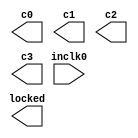
// megafunction wizard: %ALTPLL%VBB%
// GENERATION: STANDARD
// VERSION: WM1.0
// MODULE: altpll 

// ============================================================
// Megafunction Name(s):
// 			altpll
//
// Simulation Library Files(s):
// 			altera_mf
// ============================================================
// ************************************************************
// THIS IS A WIZARD-GENERATED FILE. DO NOT EDIT THIS FILE!
//
// 21.1.0 Build 842 10/21/2021 SJ Lite Edition
// ************************************************************

//Copyright (C) 2021  Intel Corporation. All rights reserved.
//Your use of Intel Corporation's design tools, logic functions 
//and other software and tools, and any partner logic 
//functions, and any output files from any of the foregoing 
//(including device programming or simulation files), and any 
//associated documentation or information are expressly subject 
//to the terms and conditions of the Intel Program License 
//Subscription Agreement, the Intel Quartus Prime License Agreement,
//the Intel FPGA IP License Agreement, or other applicable license
//agreement, including, without limitation, that your use is for
//the sole purpose of programming logic devices manufactured by
//Intel and sold by Intel or its authorized distributors.  Please
//refer to the applicable agreement for further details, at
//https://fpgasoftware.intel.com/eula.

module pll (
	inclk0,
	c0,
	c1,
	c2,
	c3,
	locked);

	input	  inclk0;
	output	  c0;
	output	  c1;
	output	  c2;
	output	  c3;
	output	  locked;

endmodule

// ============================================================
// CNX file retrieval info
// ============================================================
// Retrieval info: PRIVATE: ACTIVECLK_CHECK STRING "0"
// Retrieval info: PRIVATE: BANDWIDTH STRING "1.000"
// Retrieval info: PRIVATE: BANDWIDTH_FEATURE_ENABLED STRING "1"
// Retrieval info: PRIVATE: BANDWIDTH_FREQ_UNIT STRING "MHz"
// Retrieval info: PRIVATE: BANDWIDTH_PRESET STRING "Low"
// Retrieval info: PRIVATE: BANDWIDTH_USE_AUTO STRING "1"
// Retrieval info: PRIVATE: BANDWIDTH_USE_PRESET STRING "0"
// Retrieval info: PRIVATE: CLKBAD_SWITCHOVER_CHECK STRING "0"
// Retrieval info: PRIVATE: CLKLOSS_CHECK STRING "0"
// Retrieval info: PRIVATE: CLKSWITCH_CHECK STRING "0"
// Retrieval info: PRIVATE: CNX_NO_COMPENSATE_RADIO STRING "0"
// Retrieval info: PRIVATE: CREATE_CLKBAD_CHECK STRING "0"
// Retrieval info: PRIVATE: CREATE_INCLK1_CHECK STRING "0"
// Retrieval info: PRIVATE: CUR_DEDICATED_CLK STRING "c0"
// Retrieval info: PRIVATE: CUR_FBIN_CLK STRING "c0"
// Retrieval info: PRIVATE: DEVICE_SPEED_GRADE STRING "Any"
// Retrieval info: PRIVATE: DIV_FACTOR0 NUMERIC "1"
// Retrieval info: PRIVATE: DIV_FACTOR1 NUMERIC "1"
// Retrieval info: PRIVATE: DIV_FACTOR2 NUMERIC "1"
// Retrieval info: PRIVATE: DIV_FACTOR3 NUMERIC "1"
// Retrieval info: PRIVATE: DUTY_CYCLE0 STRING "50.00000000"
// Retrieval info: PRIVATE: DUTY_CYCLE1 STRING "50.00000000"
// Retrieval info: PRIVATE: DUTY_CYCLE2 STRING "50.00000000"
// Retrieval info: PRIVATE: DUTY_CYCLE3 STRING "50.00000000"
// Retrieval info: PRIVATE: EFF_OUTPUT_FREQ_VALUE0 STRING "100.000000"
// Retrieval info: PRIVATE: EFF_OUTPUT_FREQ_VALUE1 STRING "100.000000"
// Retrieval info: PRIVATE: EFF_OUTPUT_FREQ_VALUE2 STRING "100.000000"
// Retrieval info: PRIVATE: EFF_OUTPUT_FREQ_VALUE3 STRING "100.000000"
// Retrieval info: PRIVATE: EXPLICIT_SWITCHOVER_COUNTER STRING "0"
// Retrieval info: PRIVATE: EXT_FEEDBACK_RADIO STRING "0"
// Retrieval info: PRIVATE: GLOCKED_COUNTER_EDIT_CHANGED STRING "1"
// Retrieval info: PRIVATE: GLOCKED_FEATURE_ENABLED STRING "0"
// Retrieval info: PRIVATE: GLOCKED_MODE_CHECK STRING "0"
// Retrieval info: PRIVATE: GLOCK_COUNTER_EDIT NUMERIC "1048575"
// Retrieval info: PRIVATE: HAS_MANUAL_SWITCHOVER STRING "1"
// Retrieval info: PRIVATE: INCLK0_FREQ_EDIT STRING "50.000"
// Retrieval info: PRIVATE: INCLK0_FREQ_UNIT_COMBO STRING "MHz"
// Retrieval info: PRIVATE: INCLK1_FREQ_EDIT STRING "100.000"
// Retrieval info: PRIVATE: INCLK1_FREQ_EDIT_CHANGED STRING "1"
// Retrieval info: PRIVATE: INCLK1_FREQ_UNIT_CHANGED STRING "1"
// Retrieval info: PRIVATE: INCLK1_FREQ_UNIT_COMBO STRING "MHz"
// Retrieval info: PRIVATE: INTENDED_DEVICE_FAMILY STRING "Cyclone IV E"
// Retrieval info: PRIVATE: INT_FEEDBACK__MODE_RADIO STRING "1"
// Retrieval info: PRIVATE: LOCKED_OUTPUT_CHECK STRING "1"
// Retrieval info: PRIVATE: LONG_SCAN_RADIO STRING "1"
// Retrieval info: PRIVATE: LVDS_MODE_DATA_RATE STRING "Not Available"
// Retrieval info: PRIVATE: LVDS_MODE_DATA_RATE_DIRTY NUMERIC "0"
// Retrieval info: PRIVATE: LVDS_PHASE_SHIFT_UNIT0 STRING "deg"
// Retrieval info: PRIVATE: LVDS_PHASE_SHIFT_UNIT1 STRING "ps"
// Retrieval info: PRIVATE: LVDS_PHASE_SHIFT_UNIT2 STRING "ps"
// Retrieval info: PRIVATE: LVDS_PHASE_SHIFT_UNIT3 STRING "ps"
// Retrieval info: PRIVATE: MIG_DEVICE_SPEED_GRADE STRING "Any"
// Retrieval info: PRIVATE: MIRROR_CLK0 STRING "0"
// Retrieval info: PRIVATE: MIRROR_CLK1 STRING "0"
// Retrieval info: PRIVATE: MIRROR_CLK2 STRING "0"
// Retrieval info: PRIVATE: MIRROR_CLK3 STRING "0"
// Retrieval info: PRIVATE: MULT_FACTOR0 NUMERIC "2"
// Retrieval info: PRIVATE: MULT_FACTOR1 NUMERIC "2"
// Retrieval info: PRIVATE: MULT_FACTOR2 NUMERIC "2"
// Retrieval info: PRIVATE: MULT_FACTOR3 NUMERIC "2"
// Retrieval info: PRIVATE: NORMAL_MODE_RADIO STRING "1"
// Retrieval info: PRIVATE: OUTPUT_FREQ0 STRING "100.00000000"
// Retrieval info: PRIVATE: OUTPUT_FREQ1 STRING "100.00000000"
// Retrieval info: PRIVATE: OUTPUT_FREQ2 STRING "100.00000000"
// Retrieval info: PRIVATE: OUTPUT_FREQ3 STRING "100.00000000"
// Retrieval info: PRIVATE: OUTPUT_FREQ_MODE0 STRING "1"
// Retrieval info: PRIVATE: OUTPUT_FREQ_MODE1 STRING "1"
// Retrieval info: PRIVATE: OUTPUT_FREQ_MODE2 STRING "1"
// Retrieval info: PRIVATE: OUTPUT_FREQ_MODE3 STRING "1"
// Retrieval info: PRIVATE: OUTPUT_FREQ_UNIT0 STRING "MHz"
// Retrieval info: PRIVATE: OUTPUT_FREQ_UNIT1 STRING "MHz"
// Retrieval info: PRIVATE: OUTPUT_FREQ_UNIT2 STRING "MHz"
// Retrieval info: PRIVATE: OUTPUT_FREQ_UNIT3 STRING "MHz"
// Retrieval info: PRIVATE: PHASE_RECONFIG_FEATURE_ENABLED STRING "1"
// Retrieval info: PRIVATE: PHASE_RECONFIG_INPUTS_CHECK STRING "0"
// Retrieval info: PRIVATE: PHASE_SHIFT0 STRING "0.00000000"
// Retrieval info: PRIVATE: PHASE_SHIFT1 STRING "90.00000000"
// Retrieval info: PRIVATE: PHASE_SHIFT2 STRING "180.00000000"
// Retrieval info: PRIVATE: PHASE_SHIFT3 STRING "270.00000000"
// Retrieval info: PRIVATE: PHASE_SHIFT_STEP_ENABLED_CHECK STRING "0"
// Retrieval info: PRIVATE: PHASE_SHIFT_UNIT0 STRING "deg"
// Retrieval info: PRIVATE: PHASE_SHIFT_UNIT1 STRING "deg"
// Retrieval info: PRIVATE: PHASE_SHIFT_UNIT2 STRING "deg"
// Retrieval info: PRIVATE: PHASE_SHIFT_UNIT3 STRING "deg"
// Retrieval info: PRIVATE: PLL_ADVANCED_PARAM_CHECK STRING "0"
// Retrieval info: PRIVATE: PLL_ARESET_CHECK STRING "0"
// Retrieval info: PRIVATE: PLL_AUTOPLL_CHECK NUMERIC "1"
// Retrieval info: PRIVATE: PLL_ENHPLL_CHECK NUMERIC "0"
// Retrieval info: PRIVATE: PLL_FASTPLL_CHECK NUMERIC "0"
// Retrieval info: PRIVATE: PLL_FBMIMIC_CHECK STRING "0"
// Retrieval info: PRIVATE: PLL_LVDS_PLL_CHECK NUMERIC "0"
// Retrieval info: PRIVATE: PLL_PFDENA_CHECK STRING "0"
// Retrieval info: PRIVATE: PLL_TARGET_HARCOPY_CHECK NUMERIC "0"
// Retrieval info: PRIVATE: PRIMARY_CLK_COMBO STRING "inclk0"
// Retrieval info: PRIVATE: RECONFIG_FILE STRING "pll.mif"
// Retrieval info: PRIVATE: SACN_INPUTS_CHECK STRING "0"
// Retrieval info: PRIVATE: SCAN_FEATURE_ENABLED STRING "1"
// Retrieval info: PRIVATE: SELF_RESET_LOCK_LOSS STRING "0"
// Retrieval info: PRIVATE: SHORT_SCAN_RADIO STRING "0"
// Retrieval info: PRIVATE: SPREAD_FEATURE_ENABLED STRING "0"
// Retrieval info: PRIVATE: SPREAD_FREQ STRING "50.000"
// Retrieval info: PRIVATE: SPREAD_FREQ_UNIT STRING "KHz"
// Retrieval info: PRIVATE: SPREAD_PERCENT STRING "0.500"
// Retrieval info: PRIVATE: SPREAD_USE STRING "0"
// Retrieval info: PRIVATE: SRC_SYNCH_COMP_RADIO STRING "0"
// Retrieval info: PRIVATE: STICKY_CLK0 STRING "1"
// Retrieval info: PRIVATE: STICKY_CLK1 STRING "1"
// Retrieval info: PRIVATE: STICKY_CLK2 STRING "1"
// Retrieval info: PRIVATE: STICKY_CLK3 STRING "1"
// Retrieval info: PRIVATE: SWITCHOVER_COUNT_EDIT NUMERIC "1"
// Retrieval info: PRIVATE: SWITCHOVER_FEATURE_ENABLED STRING "1"
// Retrieval info: PRIVATE: SYNTH_WRAPPER_GEN_POSTFIX STRING "0"
// Retrieval info: PRIVATE: USE_CLK0 STRING "1"
// Retrieval info: PRIVATE: USE_CLK1 STRING "1"
// Retrieval info: PRIVATE: USE_CLK2 STRING "1"
// Retrieval info: PRIVATE: USE_CLK3 STRING "1"
// Retrieval info: PRIVATE: USE_CLKENA0 STRING "0"
// Retrieval info: PRIVATE: USE_CLKENA1 STRING "0"
// Retrieval info: PRIVATE: USE_CLKENA2 STRING "0"
// Retrieval info: PRIVATE: USE_CLKENA3 STRING "0"
// Retrieval info: PRIVATE: USE_MIL_SPEED_GRADE NUMERIC "0"
// Retrieval info: PRIVATE: ZERO_DELAY_RADIO STRING "0"
// Retrieval info: LIBRARY: altera_mf altera_mf.altera_mf_components.all
// Retrieval info: CONSTANT: BANDWIDTH_TYPE STRING "AUTO"
// Retrieval info: CONSTANT: CLK0_DIVIDE_BY NUMERIC "1"
// Retrieval info: CONSTANT: CLK0_DUTY_CYCLE NUMERIC "50"
// Retrieval info: CONSTANT: CLK0_MULTIPLY_BY NUMERIC "2"
// Retrieval info: CONSTANT: CLK0_PHASE_SHIFT STRING "0"
// Retrieval info: CONSTANT: CLK1_DIVIDE_BY NUMERIC "1"
// Retrieval info: CONSTANT: CLK1_DUTY_CYCLE NUMERIC "50"
// Retrieval info: CONSTANT: CLK1_MULTIPLY_BY NUMERIC "2"
// Retrieval info: CONSTANT: CLK1_PHASE_SHIFT STRING "2500"
// Retrieval info: CONSTANT: CLK2_DIVIDE_BY NUMERIC "1"
// Retrieval info: CONSTANT: CLK2_DUTY_CYCLE NUMERIC "50"
// Retrieval info: CONSTANT: CLK2_MULTIPLY_BY NUMERIC "2"
// Retrieval info: CONSTANT: CLK2_PHASE_SHIFT STRING "5000"
// Retrieval info: CONSTANT: CLK3_DIVIDE_BY NUMERIC "1"
// Retrieval info: CONSTANT: CLK3_DUTY_CYCLE NUMERIC "50"
// Retrieval info: CONSTANT: CLK3_MULTIPLY_BY NUMERIC "2"
// Retrieval info: CONSTANT: CLK3_PHASE_SHIFT STRING "7500"
// Retrieval info: CONSTANT: COMPENSATE_CLOCK STRING "CLK0"
// Retrieval info: CONSTANT: INCLK0_INPUT_FREQUENCY NUMERIC "20000"
// Retrieval info: CONSTANT: INTENDED_DEVICE_FAMILY STRING "Cyclone IV E"
// Retrieval info: CONSTANT: LPM_TYPE STRING "altpll"
// Retrieval info: CONSTANT: OPERATION_MODE STRING "NORMAL"
// Retrieval info: CONSTANT: PLL_TYPE STRING "AUTO"
// Retrieval info: CONSTANT: PORT_ACTIVECLOCK STRING "PORT_UNUSED"
// Retrieval info: CONSTANT: PORT_ARESET STRING "PORT_UNUSED"
// Retrieval info: CONSTANT: PORT_CLKBAD0 STRING "PORT_UNUSED"
// Retrieval info: CONSTANT: PORT_CLKBAD1 STRING "PORT_UNUSED"
// Retrieval info: CONSTANT: PORT_CLKLOSS STRING "PORT_UNUSED"
// Retrieval info: CONSTANT: PORT_CLKSWITCH STRING "PORT_UNUSED"
// Retrieval info: CONSTANT: PORT_CONFIGUPDATE STRING "PORT_UNUSED"
// Retrieval info: CONSTANT: PORT_FBIN STRING "PORT_UNUSED"
// Retrieval info: CONSTANT: PORT_INCLK0 STRING "PORT_USED"
// Retrieval info: CONSTANT: PORT_INCLK1 STRING "PORT_UNUSED"
// Retrieval info: CONSTANT: PORT_LOCKED STRING "PORT_USED"
// Retrieval info: CONSTANT: PORT_PFDENA STRING "PORT_UNUSED"
// Retrieval info: CONSTANT: PORT_PHASECOUNTERSELECT STRING "PORT_UNUSED"
// Retrieval info: CONSTANT: PORT_PHASEDONE STRING "PORT_UNUSED"
// Retrieval info: CONSTANT: PORT_PHASESTEP STRING "PORT_UNUSED"
// Retrieval info: CONSTANT: PORT_PHASEUPDOWN STRING "PORT_UNUSED"
// Retrieval info: CONSTANT: PORT_PLLENA STRING "PORT_UNUSED"
// Retrieval info: CONSTANT: PORT_SCANACLR STRING "PORT_UNUSED"
// Retrieval info: CONSTANT: PORT_SCANCLK STRING "PORT_UNUSED"
// Retrieval info: CONSTANT: PORT_SCANCLKENA STRING "PORT_UNUSED"
// Retrieval info: CONSTANT: PORT_SCANDATA STRING "PORT_UNUSED"
// Retrieval info: CONSTANT: PORT_SCANDATAOUT STRING "PORT_UNUSED"
// Retrieval info: CONSTANT: PORT_SCANDONE STRING "PORT_UNUSED"
// Retrieval info: CONSTANT: PORT_SCANREAD STRING "PORT_UNUSED"
// Retrieval info: CONSTANT: PORT_SCANWRITE STRING "PORT_UNUSED"
// Retrieval info: CONSTANT: PORT_clk0 STRING "PORT_USED"
// Retrieval info: CONSTANT: PORT_clk1 STRING "PORT_USED"
// Retrieval info: CONSTANT: PORT_clk2 STRING "PORT_USED"
// Retrieval info: CONSTANT: PORT_clk3 STRING "PORT_USED"
// Retrieval info: CONSTANT: PORT_clk4 STRING "PORT_UNUSED"
// Retrieval info: CONSTANT: PORT_clk5 STRING "PORT_UNUSED"
// Retrieval info: CONSTANT: PORT_clkena0 STRING "PORT_UNUSED"
// Retrieval info: CONSTANT: PORT_clkena1 STRING "PORT_UNUSED"
// Retrieval info: CONSTANT: PORT_clkena2 STRING "PORT_UNUSED"
// Retrieval info: CONSTANT: PORT_clkena3 STRING "PORT_UNUSED"
// Retrieval info: CONSTANT: PORT_clkena4 STRING "PORT_UNUSED"
// Retrieval info: CONSTANT: PORT_clkena5 STRING "PORT_UNUSED"
// Retrieval info: CONSTANT: PORT_extclk0 STRING "PORT_UNUSED"
// Retrieval info: CONSTANT: PORT_extclk1 STRING "PORT_UNUSED"
// Retrieval info: CONSTANT: PORT_extclk2 STRING "PORT_UNUSED"
// Retrieval info: CONSTANT: PORT_extclk3 STRING "PORT_UNUSED"
// Retrieval info: CONSTANT: SELF_RESET_ON_LOSS_LOCK STRING "OFF"
// Retrieval info: CONSTANT: WIDTH_CLOCK NUMERIC "5"
// Retrieval info: USED_PORT: @clk 0 0 5 0 OUTPUT_CLK_EXT VCC "@clk[4..0]"
// Retrieval info: USED_PORT: c0 0 0 0 0 OUTPUT_CLK_EXT VCC "c0"
// Retrieval info: USED_PORT: c1 0 0 0 0 OUTPUT_CLK_EXT VCC "c1"
// Retrieval info: USED_PORT: c2 0 0 0 0 OUTPUT_CLK_EXT VCC "c2"
// Retrieval info: USED_PORT: c3 0 0 0 0 OUTPUT_CLK_EXT VCC "c3"
// Retrieval info: USED_PORT: inclk0 0 0 0 0 INPUT_CLK_EXT GND "inclk0"
// Retrieval info: USED_PORT: locked 0 0 0 0 OUTPUT GND "locked"
// Retrieval info: CONNECT: @inclk 0 0 1 1 GND 0 0 0 0
// Retrieval info: CONNECT: @inclk 0 0 1 0 inclk0 0 0 0 0
// Retrieval info: CONNECT: c0 0 0 0 0 @clk 0 0 1 0
// Retrieval info: CONNECT: c1 0 0 0 0 @clk 0 0 1 1
// Retrieval info: CONNECT: c2 0 0 0 0 @clk 0 0 1 2
// Retrieval info: CONNECT: c3 0 0 0 0 @clk 0 0 1 3
// Retrieval info: CONNECT: locked 0 0 0 0 @locked 0 0 0 0
// Retrieval info: GEN_FILE: TYPE_NORMAL pll.v TRUE
// Retrieval info: GEN_FILE: TYPE_NORMAL pll.ppf TRUE
// Retrieval info: GEN_FILE: TYPE_NORMAL pll.inc TRUE
// Retrieval info: GEN_FILE: TYPE_NORMAL pll.cmp TRUE
// Retrieval info: GEN_FILE: TYPE_NORMAL pll.bsf TRUE
// Retrieval info: GEN_FILE: TYPE_NORMAL pll_inst.v TRUE
// Retrieval info: GEN_FILE: TYPE_NORMAL pll_bb.v TRUE
// Retrieval info: LIB_FILE: altera_mf
// Retrieval info: CBX_MODULE_PREFIX: ON